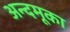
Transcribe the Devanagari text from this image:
अन्दमूका